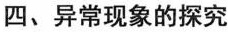
四、异常现象的探究